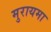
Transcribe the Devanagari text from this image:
मुरायमा